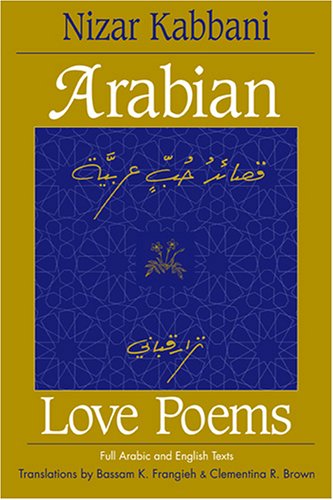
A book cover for Arabian Love Poems: Full Arabic and English Texts (Three Continents Press); Nizar Qabbani; Literature & Fiction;